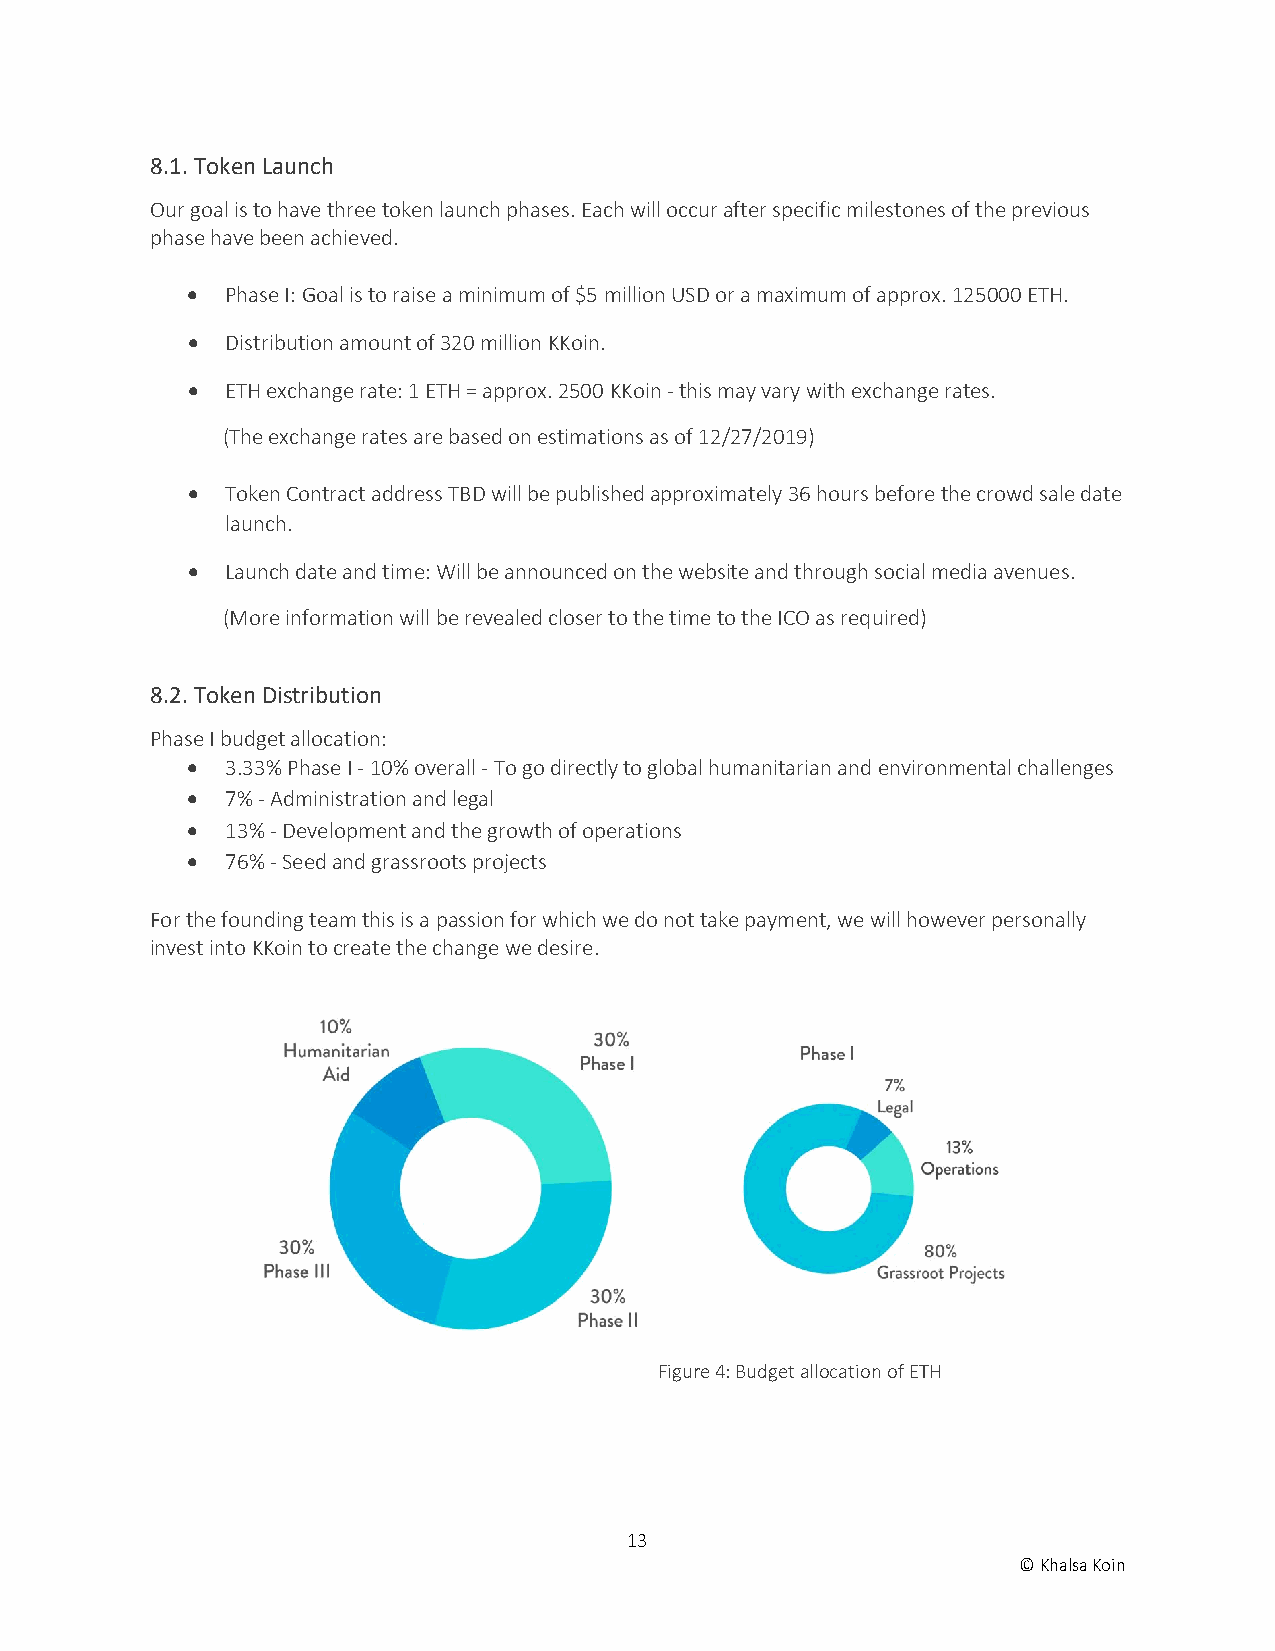
8.1. Token Launch
 Our goal is to have three token launch phases. Each will occur after specific milestones of the previous
 phase have been achieved.
 •  Phase I: Goal is to raise a minimum of $5 million USD or a maximum of approx. 125000 ETH.
 •  Distribution amount of 320 million KKoin.
 •  ETH exchange rate: 1 ETH = approx. 2500 KKoin - this may vary with exchange rates.
 (The exchange rates are based on estimations as of 12/27/2019)
 •  Token Contract address TBD will be published approximately 36 hours before the crowd sale date
 launch.
 •  Launch date and time: Will be announced on the website and through social media avenues.
 (More information will be revealed closer to the time to the ICO as required)
 8.2. Token Distribution
 Phase I budget allocation:
 •  3.33% Phase I - 10% overall - To go directly to global humanitarian and environmental challenges
 •  7% - Administration and legal
 •  13% - Development and the growth of operations
 •  76% - Seed and grassroots projects
 For the founding team this is a passion for which we do not take payment, we will however personally
 invest into KKoin to create the change we desire.
 Figure 4: Budget allocation of ETH
 13
 © Khalsa Koin